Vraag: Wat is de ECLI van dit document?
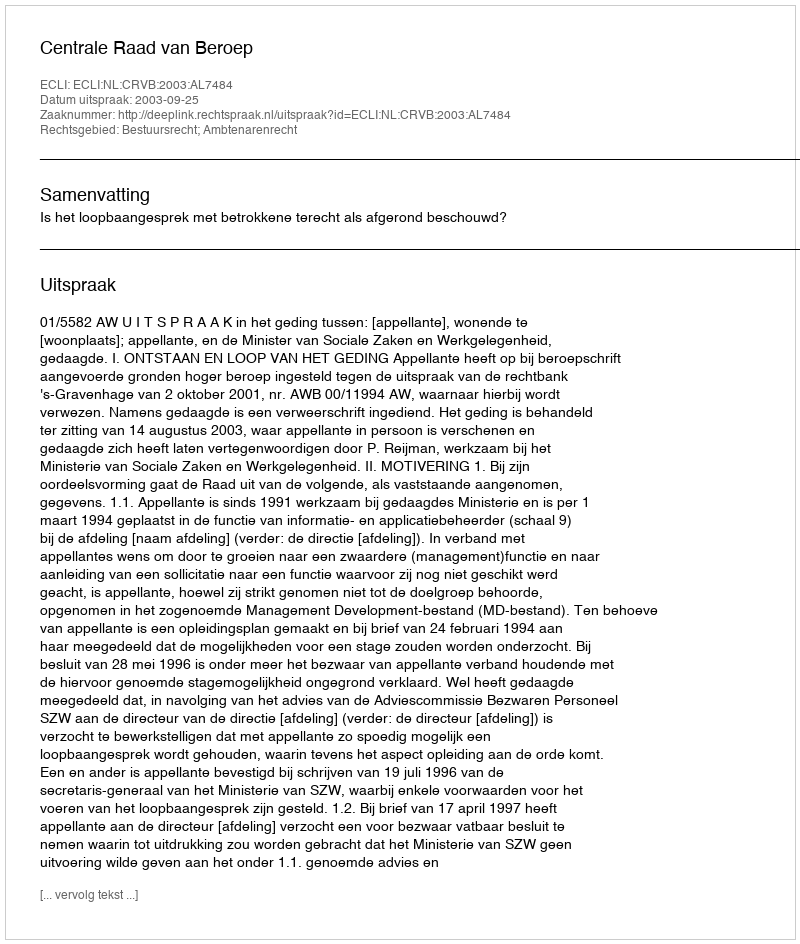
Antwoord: ECLI:NL:CRVB:2003:AL7484